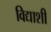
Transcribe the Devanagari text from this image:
विद्याशी